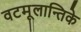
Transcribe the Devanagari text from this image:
वटमूलान्तिके